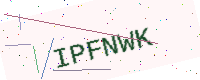
Text: IPFNWK